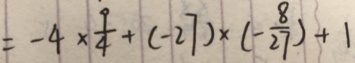
= - 4 \times \frac { 9 } { 4 } + ( - 2 7 ) \times ( - \frac { 8 } { 2 7 } ) + 1